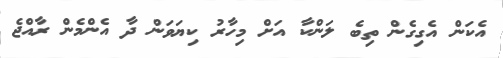
އެކަން އެގިގެން ތިބެ ލަންކާ އަށް މިހާރު ކިޔަވަން ދާ އެންމެން ރާއްޖެ